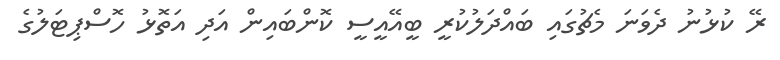
ރޭ ކުޅުނު ދެވަނަ މެޗުގައި ބައްދަލުކުރީ ބީއޭއީސީ ކޮންބައިން އަދި އަތޮޅު ހޮސްޕިޓަލުގެ